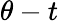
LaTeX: \theta-t